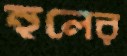
হুলের